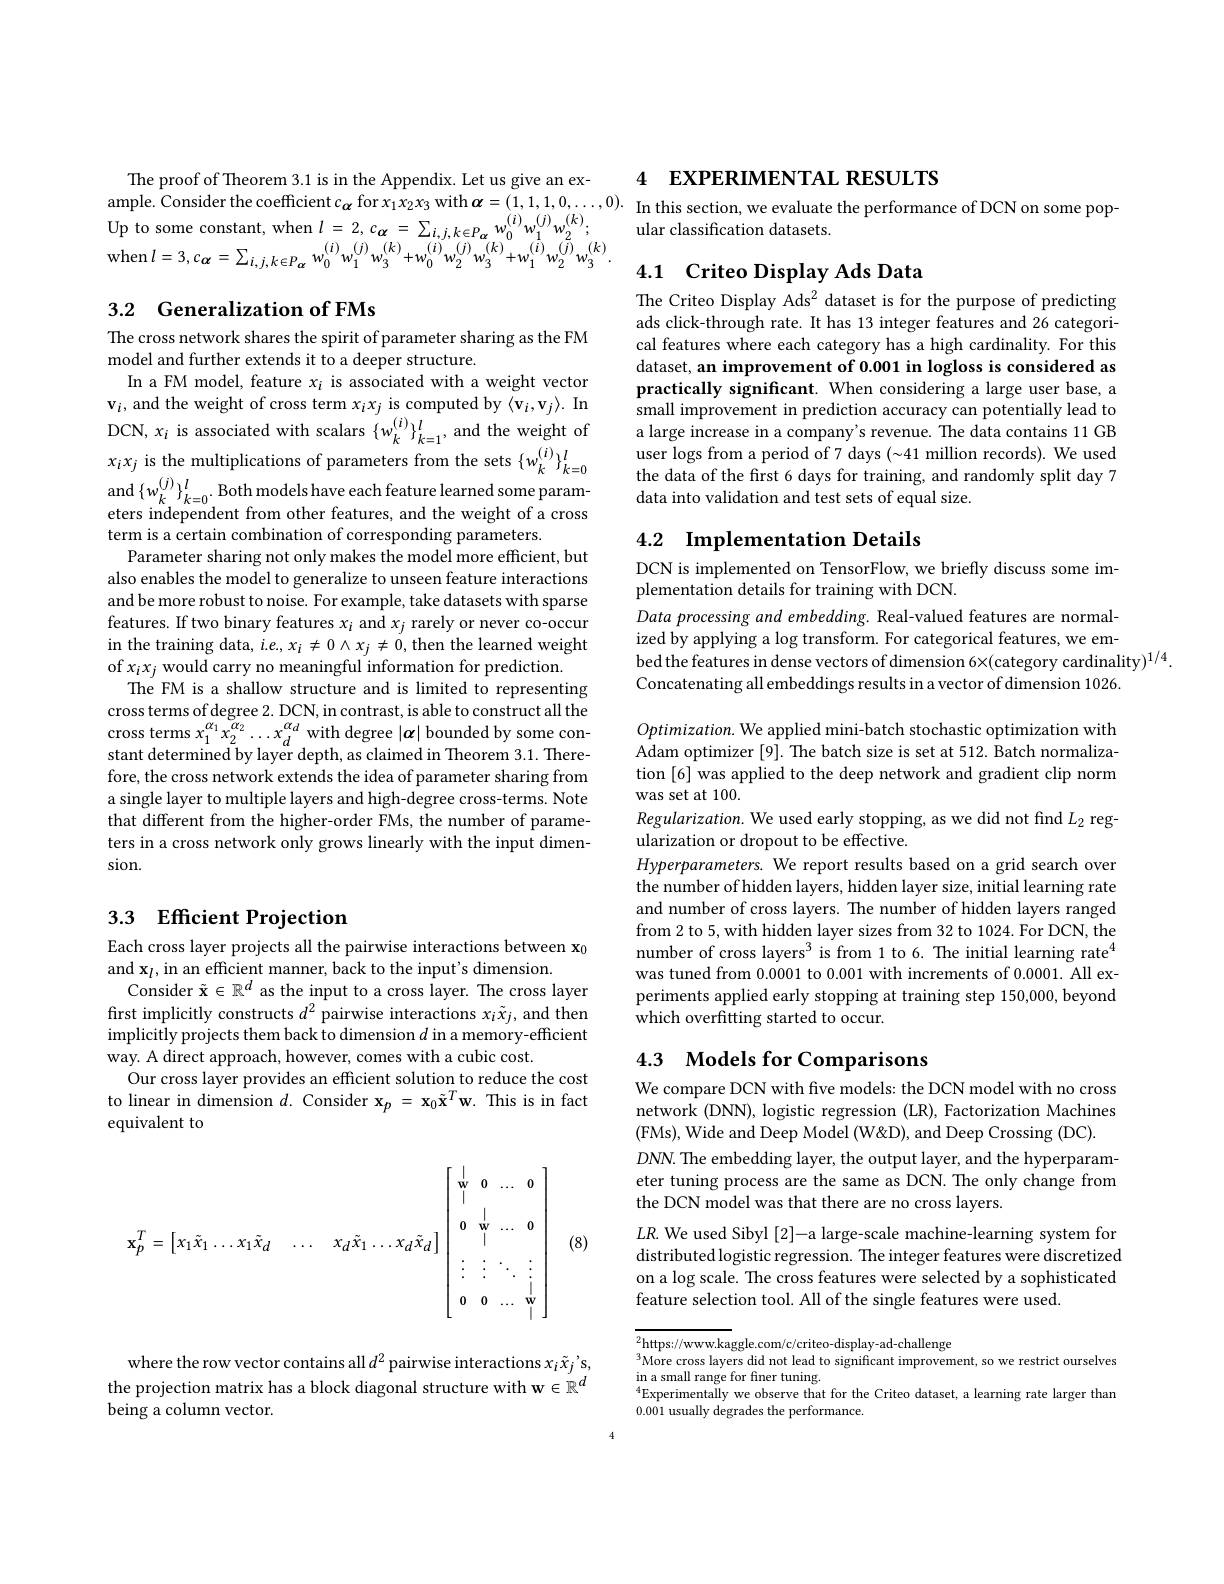
The proof of Theorem 3.1 is in the Appendix. Let us give an ex-

## 3.2 Generalization of FMs

The cross network shares the spirit of parameter sharing as the FM
model and further extends it to a deeper structure.
In a FM model, feature $x_i$ is associated with a weight vector and$\{w_{k}^{(j)}\}_{k=0}^{l}.$Both models have each feature learned some parameters independent from other features, and the weight of a cross term is a certain combination of corresponding parameters.
Parameter sharing not only makes the model more efficient, but also enables the model to generalize to unseen feature interactions and be more robust to noise. For example, take datasets with sparse features. If two binary features $x_i$ and $x_j$ rarely or never co-occur in the training data, $i.e.,x_i\neq0\wedge x_j\neq0$, then the learned weight of $x_ix_j$ would carry no meaningful information for prediction.
The FM is a shallow structure and is limited to representing cross terms of degree 2. DCN, in contrast, is able to construct all the cross terms $x_{1}^{\alpha _{1}}x_{2}^{\alpha _{2}}\ldots x_{d}^{\alpha _{d}}$ with degree $| \boldsymbol{\alpha }|$ bounded by some con- stant determined by layer depth, as claimed in Theorem 3. 1. Therefore, the cross network extends the idea of parameter sharing from a single layer to multiple layers and high-degree cross-terms. Note that different from the higher-order FMs, the number of parameters in a cross network only grows linearly with the input dimension.

## 3.3 Efficient Projection

Each cross layer projects all the pairwise interactions between x$_0$
and $\mathbf{x}_l$,in an efficient manner, back to the input's dimension.
Consider $\tilde{\mathbf{x}}\in\mathbb{R}^d$ as the input to a cross layer. The cross layer first implicitly constructs $d^2$ pairwise interactions $x_i\tilde{x}_j$, and then implicitly projects them back to dimension $d$ in a memory-efficient way. A direct approach, however, comes with a cubic cost.
Our cross layer provides an efficient solution to reduce the cost to linear in dimension $d.$ Consider $\mathbf{x}_p=\mathbf{x}_0\tilde{\mathbf{x}}^T\mathbf{w}.$ This is in fact equivalent to
$$\mathbf{x}_{p}^{T}=\begin{bmatrix}x_{1}\tilde{x}_{1}\ldots x_{1}\tilde{x}_{d}&\ldots&x_{d}\tilde{x}_{1}\ldots x_{d}\tilde{x}_{d}\end{bmatrix}\begin{bmatrix}|&0&\ldots&0\\|&|&&\\0&\mathbf{w}&\ldots&0\\&|&&\\\vdots&\vdots&\ddots&\vdots\\0&0&\ldots&\mathbf{w}\\\end{bmatrix}$$
(8)

where the row vector contains all $d^2$ pairwise interactions $x_i\tilde{x}_j’$s, the projection matrix has a block diagonal structure with w $\in\mathbb{R}^d$ being a column vector.

4 EXPERIMENTAL RESULTS
ample. Consider the coefficient $c_\alpha$ for $x_1x_2x_3$ with $\boldsymbol{\alpha}=(1,1,1,0,\ldots,0).$ In this section, we evaluate the performance of DCN on some pop-

Up to some constant, when $l= 2, c_{\boldsymbol{\alpha }}= \sum _{i, j, k\in P_{\boldsymbol{\alpha }}}w_{0}^{( i) }w_{1}^{( j) }w_{2}^{( k) };$ular classification datasets. when $l= 3, c_{\boldsymbol{\alpha }}= \sum _{i, j, k\in P_{\boldsymbol{\alpha }}}w_{0}^{( i) }w_{1}^{( j) }w_{3}^{( k) }+ w_{0}^{( i) }w_{2}^{( j) }w_{3}^{( k) }+ w_{1}^{( i) }w_{2}^{}$

## 4.1 Criteo Display Ads Data The Criteo Display Ads$^2$ dataset is for the purpose of predicting

ads click-through rate. It has 13 integer features and 26 categorical features where each category has a high cardinality. For this dataset, an improvement of 0.001 in logloss is considered as practically significant. When considering a large user base, a
$\begin{aligned}&\mathbf{v}_i,\mathrm{and~the~weight~of~cross~term~x_j~is~computed~by~(v_i,v_j).In}&\text{smalll improvenent in prediction accuracycan potentially lead to DCN,xi is associated with scalars \{w\}}_k^{(i)},\:\mathrm{and~the~weight~of}&\text{alarge increase ina company's revenue.The data }\end{aligned}$
the data of the first 6 days for training, and randomly split day 7
data into validation and test sets of equal size.

## 4.2 $\textbf{Implementation Details}$

DCN is implemented on TensorFlow, we briefly discuss some im-
plementation details for training with DCN.

Data processing and embedding. Real-valued features are normalized by applying a log transform. For categorical features, we embed the features in dense vectors of dimension 6×(category cardinality)$^1/4.$
Concatenating all embeddings results in a vector of dimension 1026.

$Optimization.$ We applied mini-batch stochastic optimization with Adam optimizer [9]. The batch size is set at 512. Batch normalization [6] was applied to the deep network and gradient clip norm was set at 100.
$Regularization.$ We used early stopping, as we did not find $L_2$ reg-
ularization or dropout to be effective.
Hyperparameters. We report results based on a grid search over the number of hidden layers, hidden layer size, initial learning rate and number of cross layers. The number of hidden layers ranged from 2 to 5, with hidden layer sizes from 32 to 1024. For DCN, the number of cross layers$^3$ is from 1 to 6. The initial learning rate$^4$ was tuned from 0.0001 to 0.001 with increments of 0.0001. All experiments applied early stopping at training step 150,000, beyond which overfitting started to occur.

## 4.3 Models for Comparisons

We compare DCN with five models: the DCN model with no cross network (DNN), logistic regression (LR), Factorization Machines ( FMs) , Wide and Deep Model ( W$\&$D) , and Deep Crossing ( DC) .
$DNN.$ The embedding layer, the output layer, and the hyperparameter tuning process are the same as DCN. The only change from the DCN model was that there are no cross layers.
$LR.$ We used Sibyl [2]-a large-scale machine-learning system for distributed logistic regression. The integer features were discretized on a log scale. The cross features were selected by a sophisticated feature selection tool. All of the single features were used.

$^2$https://www.kaggle.com/c/criteo-display-ad-challenge
More cross layers did not lead to significant improvement, so we restrict ourselves
$\begin{array}{c}\mathrm{in~a~small~range~for~finer~tuning.}\\\mathrm{in~a~small~range~for~finer~tuning.}\end{array}$
$^{4}$Experimentally we observe that for the Criteo dataset, a learning rate larger than
0.001 usually degrades the performance.